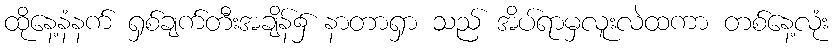
ထိုနေ့နံနက် ရှစ်ချက်တီးအချိန်၌ နာတာရှာ သည် အိပ်ရာမှလူးလဲထကာ တစ်နေ့လုံး